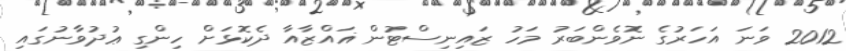
2012 ވަނަ އަހަރުގެ ނޮވެންބަރު މަހު ޒައިނިސްޓުން ޣައްޒާއާ ދެކޮޅަށް ހިންގި ޢުދުވާނުގައި